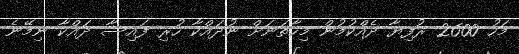
މަހު 2600 ރުފިޔާ ދެއްކުމުން މިހާތަނަށް ނުދައްކާ ހުރި ފައިސާ ދައްކާ ނިމޭނެ